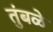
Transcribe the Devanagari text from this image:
तुंबळे